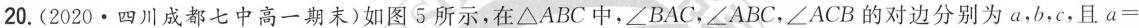
20.(2020·四川成都七中高一期末)如图5所示，在\triangle ABC中，\angle BAC，\angle ABC，\angle ACB的对边分别为a，b，c，且a=